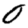
Digit: 0